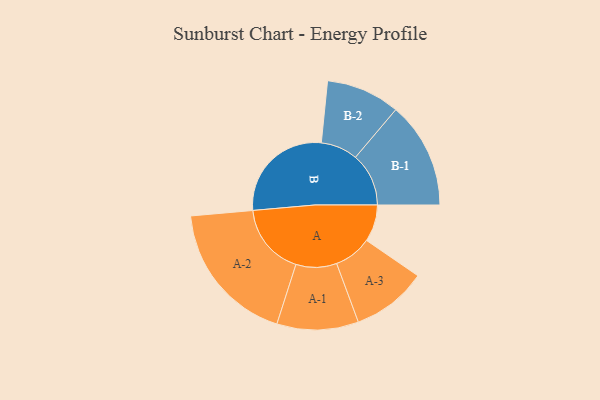
{"axis": {"x": "Segment", "y": "Value"}, "legend": ["", "A", "B"], "data": [{"x": "A", "y": 154, "type": ""}, {"x": "B", "y": 450, "type": ""}, {"x": "A-1", "y": 170, "type": "A"}, {"x": "A-2", "y": 300, "type": "A"}, {"x": "A-3", "y": 157, "type": "A"}, {"x": "B-1", "y": 222, "type": "B"}, {"x": "B-2", "y": 154, "type": "B"}]}